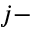
j -